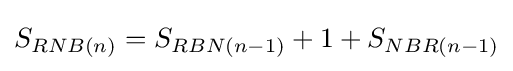
S_{RNB(n)}=S_{RBN(n-1)}+1+S_{NBR(n-1)}